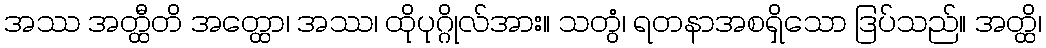
အဿ အတ္ထီတိ အတ္ထော၊ အဿ၊ ထိုပုဂ္ဂိုလ်အား။ သတွံ၊ ရတနာအစရှိသော ဒြပ်သည်။ အတ္ထိ၊